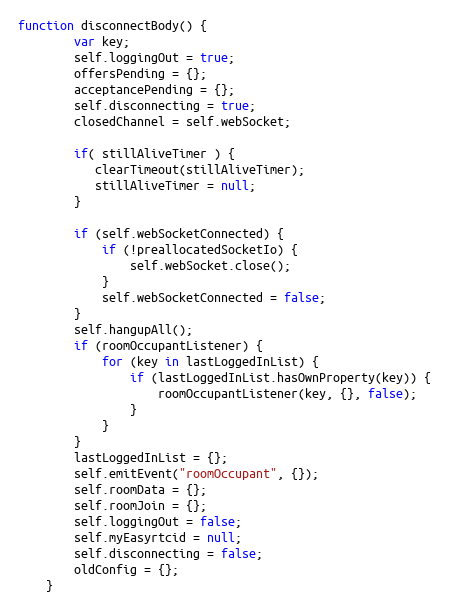
Language: JavaScript
function disconnectBody() {
        var key;
        self.loggingOut = true;
        offersPending = {};
        acceptancePending = {};
        self.disconnecting = true;
        closedChannel = self.webSocket;

        if( stillAliveTimer ) {
           clearTimeout(stillAliveTimer);
           stillAliveTimer = null;
        }

        if (self.webSocketConnected) {
            if (!preallocatedSocketIo) {
                self.webSocket.close();
            }
            self.webSocketConnected = false;
        }
        self.hangupAll();
        if (roomOccupantListener) {
            for (key in lastLoggedInList) {
                if (lastLoggedInList.hasOwnProperty(key)) {
                    roomOccupantListener(key, {}, false);
                }
            }
        }
        lastLoggedInList = {};
        self.emitEvent("roomOccupant", {});
        self.roomData = {};
        self.roomJoin = {};
        self.loggingOut = false;
        self.myEasyrtcid = null;
        self.disconnecting = false;
        oldConfig = {};
    }